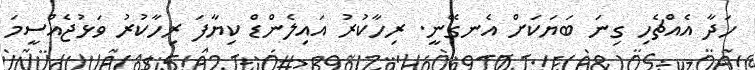
ހަދާ އެއްޗެހި ގިނަ ބަޔަކަށް އެނގޭނީ. ރިހާކުރު އައިލެންޑް ކިޔާފަ ރިހާކުރު ވަޅުޖެއްސީމަ